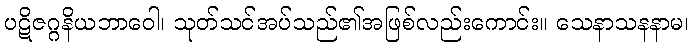
ပဋိဇဂ္ဂနိယဘာဝေါ၊ သုတ်သင်အပ်သည်၏အဖြစ်လည်းကောင်း။ သေနာသနနာမ၊